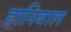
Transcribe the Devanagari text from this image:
हानिबाल